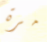
مرة